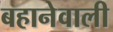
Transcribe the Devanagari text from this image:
बहानेवाली